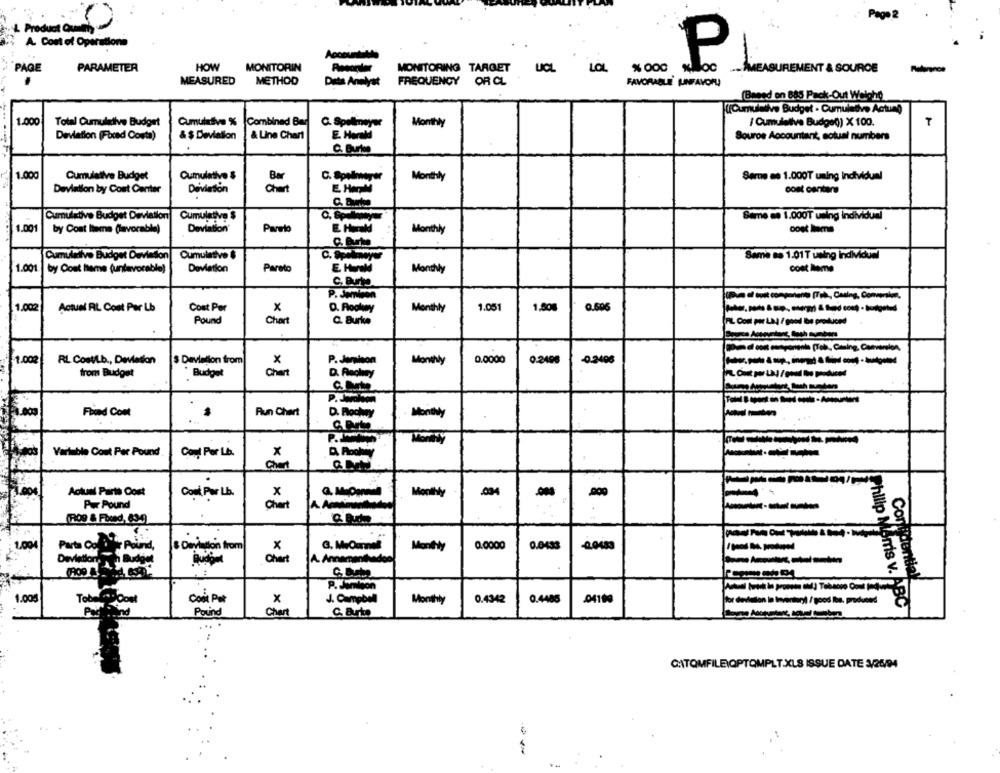
Product Quality
A. Cost of Operations
Accountutids
PARAMETER
HOW
MONITORIN
MONITORING TARGET UCL
LOL
P
loc
.- AMEASUREMENT & SOURCE
PAGE
MEASURED
METHOD
Dits Analyst
FREQUENCY OR CL
FAVORABLE LINFAVORU
(Based on 885 Pack-Out Welch0)
(Cumulative Budget . Cumulative Acting
1.000
Total Cumulative Budget
Cumulative %
Combined Ba
C. Spellmeyer
Monthly
/ Cumulative Budged) X 100.
T
Deviation (Fbond Costa)
& $ Deviation
& Line Chart
E. Harald
Souros Accountant, sotual numbers
C. Burton
1.000
Cumulative Budget
Cumulative &
Bar
C. Spolmeyer
Monthly
Same as 1.000T uming Individual
Deviation by Cont Center
Deviation
Chart
E HanM
cost cantara
Cumulative Budget Deviation
Cumulativa $
Seme me 1.000T uming individual
1.001
by Cost leme (lavorable)
Deviation
Pareto
Monthly
oost home
Cumulative Budget Devieson
Cumulative $
Same ao 1.01T uning individual
1.001
by Cont heme (unfavorable)
Deviation
Pareto
Monthy
cost lome
C. Burta
P. Jemison
1.002
Actual RIL Cost Per Lb
Cost Per
x
D. Rockway
Monthly
1.051
1,80g
0.606
----------
Pound
Chart
C. Burke
FIL Cont por La / goodl be produced
powod camperent (Job, Gaming, Conversion,
1.00
RL Cost/Lb ., Deviation
$ Deviation from
P. Jamison
Monthly
0.0000
0.2496
-0.2496
Chart
from Budget
Budget
--------
D. Flochwy
Fbind Cont
Run Chart
Monthly
C. Durto
Variable Cout Per Pound
Com Per Lb.
X
.
Chert
Actual Parts Oost
Coul Pur Lb.
x
.034
.000
Pur Pound
Chart
(R09 & Fbend, 634)
1.00
Parta Co
ir Pound,
& Deviation from
0.0000
0.0433
-0.0489
Deviation.
Chart
A. Annamenthadoo
Confidential
P. Jamison
1.005
Tobeli* Cost
Com Pot
x
J. Campbel
Monthly
0.4342
0.4485
-04199
for deviation In Inventonyt / good lbs, produend
Pound
Che
Philip Morris v. ABC
C. arte
...
CATOMFILEIOPTOMPLT.XLS ISSUE DATE 3/26/94
--